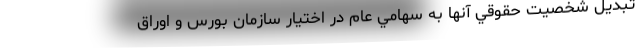
تبديل شخصيت حقوقي آنها به سهامي عام در اختيار سازمان بورس و اوراق